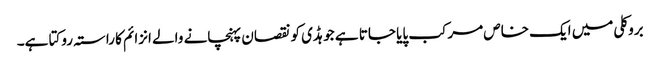
بروکلی میں ایک خاص مرکب پایا جاتا ہے جو ہڈی کو نقصان پہنچانے والے انزائم کا راستہ روکتا ہے۔